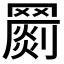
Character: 𦌞